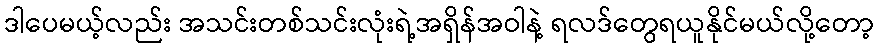
ဒါပေမယ့်လည်း အသင်းတစ်သင်းလုံးရဲ့အရှိန်အဝါနဲ့ ရလဒ်တွေရယူနိုင်မယ်လို့တော့